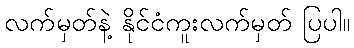
လက်မှတ်နဲ့ နိုင်ငံကူးလက်မှတ် ပြပါ။